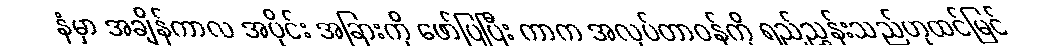
နံမှာ အချိန်ကာလ အပိုင်း အခြားကို ဖော်ပြပြီး ကာက အလုပ်တာဝန်ကို ရည်ညွှန်းသည်ဟုထင်မြင်